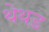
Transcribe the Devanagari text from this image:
थेथड़